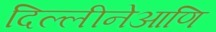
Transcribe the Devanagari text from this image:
दिल्लीनेआणि